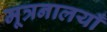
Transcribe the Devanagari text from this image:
मूत्रनालयाँ